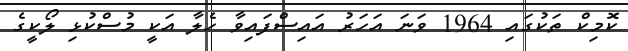
ކޮމިކް ތަކުގައި 1964 ވަނަ އަހަރު އައިސްފައިވާ ހެލާ އަކީ މުސްކުޅި ލޯކީގެ